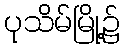
ပုသိမ်မြို့၌